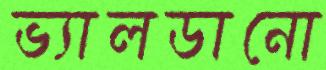
ভ্যালডানো